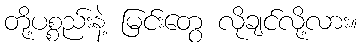
တို့ပစ္စည်းနဲ့ မြင်းတွေ လိုချင်လို့လား။